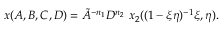
x ( A , B , C , D ) = \tilde { A } ^ { - n _ { 1 } } D ^ { n _ { 2 } } \ x _ { 2 } ( ( 1 - \xi \eta ) ^ { - 1 } \xi , \eta ) .